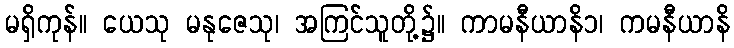
မရှိကုန်။ ယေသု မနုဇေသု၊ အကြင်သူတို့၌။ ကာမနီယာနိ၁၊ ကမနီယာနိ